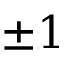
\pm 1